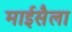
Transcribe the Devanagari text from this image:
माईसैला